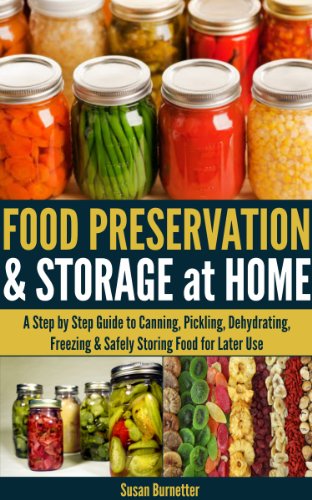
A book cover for Food Preservation & Storage at Home - A Step by Step Guide to Canning, Pickling, Dehydrating, Freezing & Safely Storing Food for Later Use; Susan Burnetter; Cookbooks, Food & Wine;